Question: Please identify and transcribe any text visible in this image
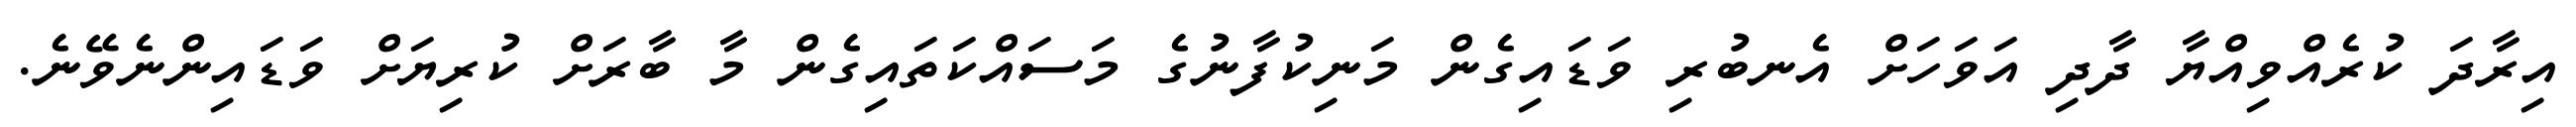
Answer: އިރާދަ ކުރެއްވިއްޔާ ދާދި އަވަހަށް އެނބުރި ވަޑައިގެން މަނިކުފާނުގެ މަސައްކަތައިގެން މާ ބާރަށް ކުރިޔަށް ވަޑައިންނެވޭނެ.